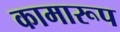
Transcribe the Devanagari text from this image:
कामारूप